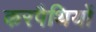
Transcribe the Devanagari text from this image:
करपैथियों